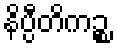
နိပ္ပီတိကဉ္စ